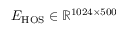
E _ { \mathrm { H O S } } \in \mathbb { R } ^ { 1 0 2 4 \times 5 0 0 }